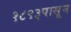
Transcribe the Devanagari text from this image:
१८९३पासून